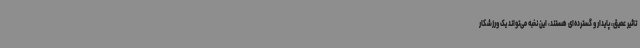
تاثیر عمیق، پایدار و گسترده‌ای هستند، این نخبه می‌تواند یک ورزشکار